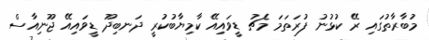
މުބާރާތުގައި ރޭ ކުޅުނު ފުރަތަމަ މެޗު ޑީވައިއޭ ކާމިޔާބުކުރީ ދަނބިދޫ ޑީވައިއޭ ޖޫނިއާސް